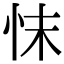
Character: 𢗿